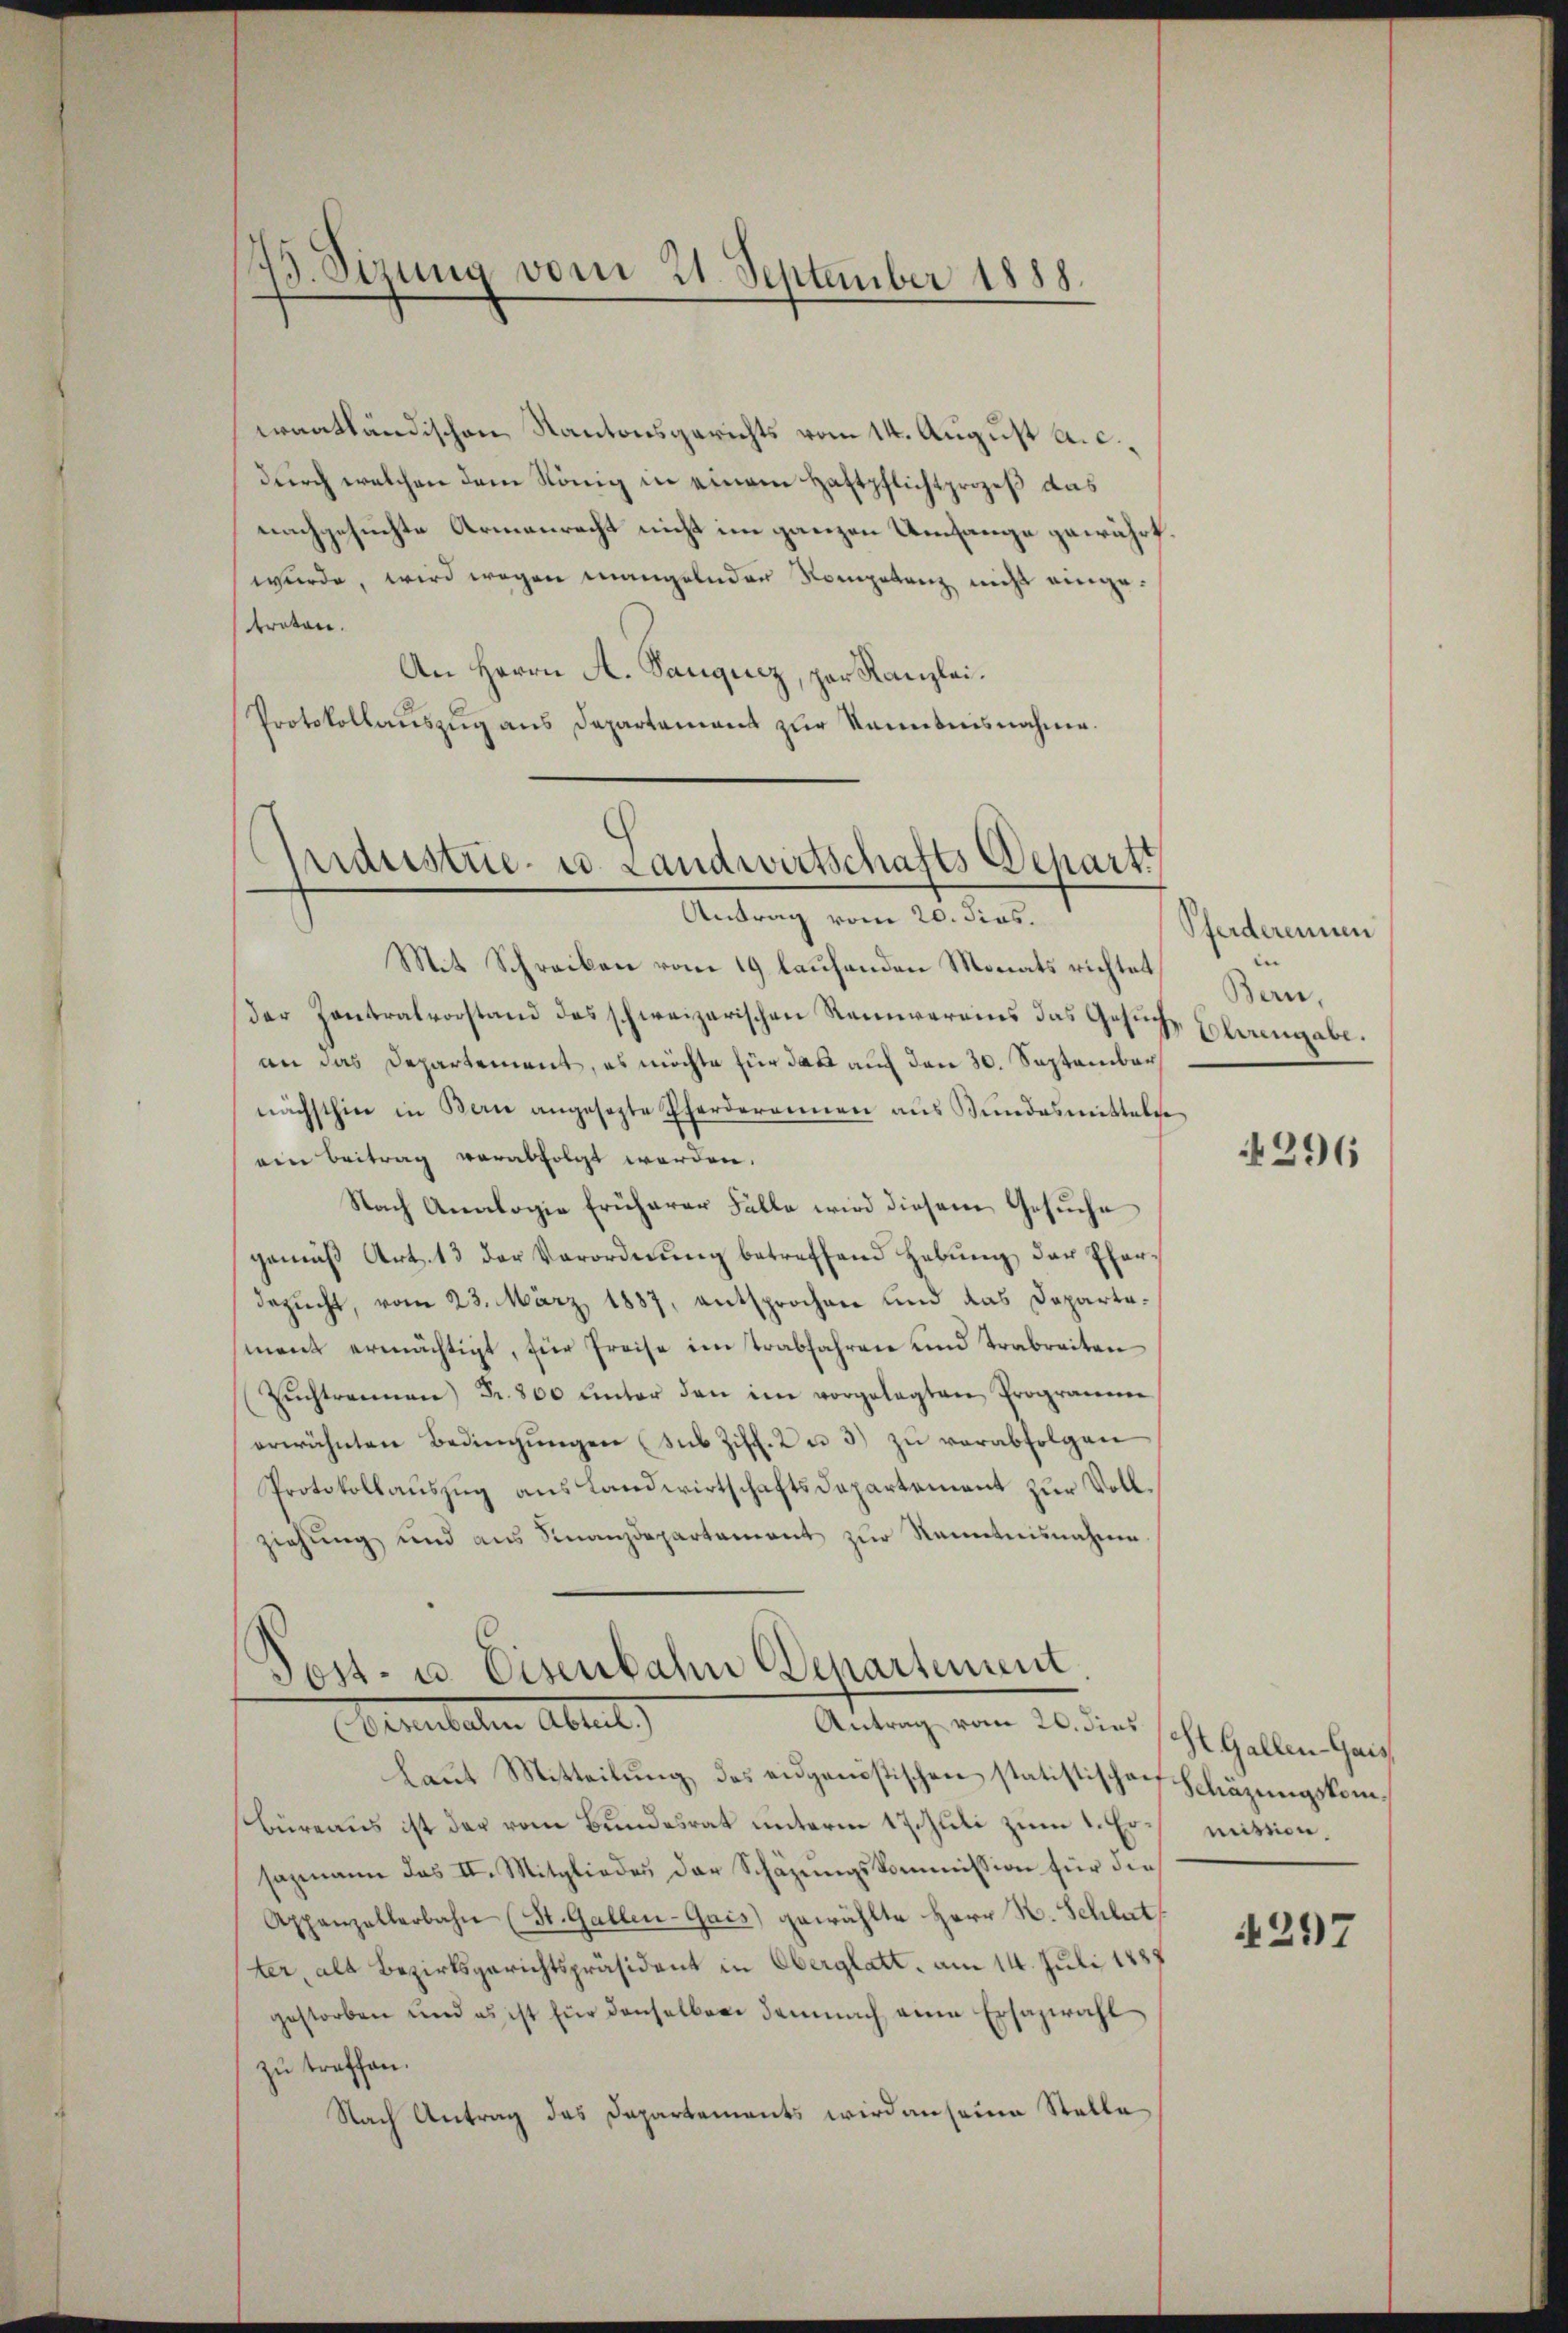
73. Sizung vom 21. September 1888.

wantländischen Kantonsgerichts vom 14. August a.c.
durch welchen dem König in einem Haftpflichtprozeß das
nachgesuchte Armenrecht nicht im ganzen Umfange gewährt.
wurde, wird wegen mangelnden Kompetenz nicht eingetreten.
An Herrn A. Sauquez, par Kanzlei.
Protokollauszug aus Departament zur Kenntnisnahme.

Industrie- u. Landwirtschafts Depart
Antrag vom 20. dies.

Mit Schreiben vom 19 laufenden Monats richtet
der Contralvorstand des schweizerischen Reinereins das Gesuch
an das Departement, es möchte für das auf den 30. September
nächsthier in Bern angesezte Pferderainen aŭs Bŭndesmittelse
ein Beitrag verabfolgt werden.
Nach Analogie früherer Fälle wird diesem Gesuche
gemäβ Art. 13 der Verordnŭng betreffend Hebŭng der Eher-
besucht, vom 23. März 1887, entsprochen und das Departement ermächtigt, für Preise im Trabfahren und Trabreiten
Zŭchtrennen Fr. 800 unter den im vorgelegten Programme
erwähnten Bedingŭngen (sub Ziff. 2 u. 3) zŭ verabfolgen
Protokollauszug aus Landwirtschaftsdepartement zur Vollziehung und aus Finanzdepartement zur Kenntnisnahme

Post- u. Eisenbahn Departement
erulaten Abreit.)
Antrag vom 26. dies St. Gallen-Gais

laut Mitteilung des eidgenößischen statistischen Schäzungskombüreaus ist der vom Bundesrat unterm 17. Juli zum 1. Er mittiensagmann das II. Mitgliedes der Schäzungskommission für die
Appenzellerbahn (St. Gallen-Gais) gewählte Herr R. Schlut
ter, als Bezirksgerichtspräsident in Oberglatt, am 14. Juli 1888
gestorben und es ist für denselben demnach eine Ersazwahl
zu treffen.
Nach Antrag des Departements wird anseine Stelle

Pferderennen
e
Bern,
Ohingabe.

4296

4297